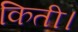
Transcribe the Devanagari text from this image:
किती।